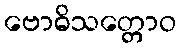
ဗောဓိသတ္တောဝ